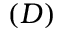
( D )